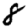
Digit: 8